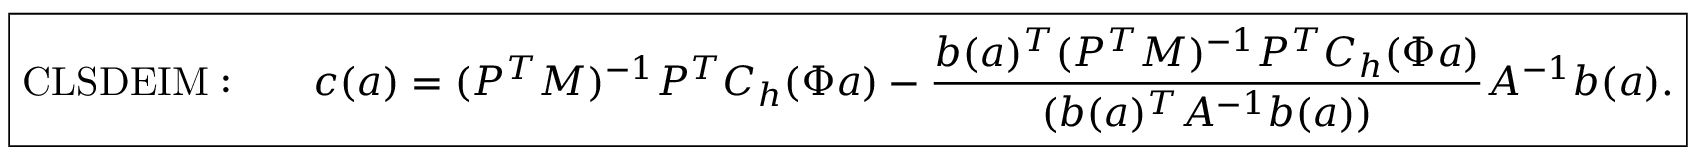
\boxed { \mathrm { C L S D E I M : } \qquad \boldsymbol { c } ( \boldsymbol { a } ) = ( P ^ { T } M ) ^ { - 1 } P ^ { T } C _ { h } ( \Phi \boldsymbol { a } ) - \frac { \boldsymbol { b } ( \boldsymbol { a } ) ^ { T } ( P ^ { T } M ) ^ { - 1 } P ^ { T } C _ { h } ( \Phi \boldsymbol { a } ) } { ( \boldsymbol { b } ( \boldsymbol { a } ) ^ { T } A ^ { - 1 } \boldsymbol { b } ( \boldsymbol { a } ) ) } A ^ { - 1 } \boldsymbol { b } ( \boldsymbol { a } ) . }